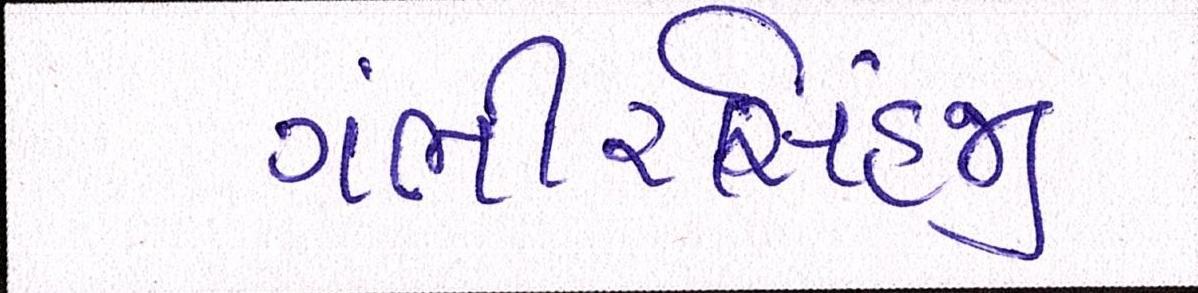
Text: ગંભીરસિંહજી